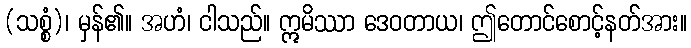
(သစ္စံ)၊ မှန်၏။ အဟံ၊ ငါသည်။ ဣမိဿာ ဒေဝတာယ၊ ဤတောင်စောင့်နတ်အား။